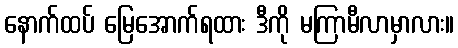
နောက်ထပ် မြေအောက်ရထား ဒီကို မကြာမီလာမှာလား။